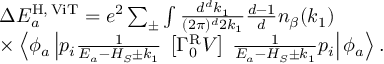
\begin{array} { r l } & { \Delta E _ { a } ^ { \mathrm { H } , \, \mathrm { V i T } } = e ^ { 2 } \sum _ { \pm } \int \frac { d ^ { d } k _ { 1 } } { ( 2 \pi ) ^ { d } 2 k _ { 1 } } \frac { d - 1 } { d } n _ { \beta } ( k _ { 1 } ) } \\ & { \times \left\langle \phi _ { a } \left| p _ { i } \frac { 1 } { E _ { a } - H _ { S } \pm k _ { 1 } } \right. \right. \left[ \Gamma _ { 0 } ^ { \mathrm { R } } V \right] \left. \left. \frac { 1 } { E _ { a } - H _ { S } \pm k _ { 1 } } p _ { i } \right| \phi _ { a } \right\rangle . } \end{array}